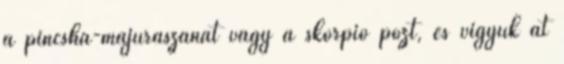
a pincsha-majúrászanát vagy a skorpió pózt, és vigyük át